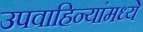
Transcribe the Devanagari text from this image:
उपवाहिन्यांमध्ये